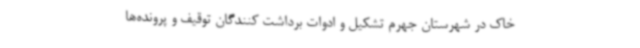
خاک در شهرستان جهرم تشکیل و ادوات برداشت کنندگان توقیف و پرونده‌ها